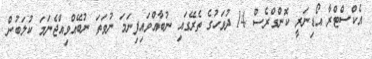
އެކްސްޓްރާ އޯޑިނަރީ ކޮންގްރެސް 14 ދުވަހުގެ ތެރޭގައި ނުބާއްވައިފިނަމަ ނުވަތަ ނުބޭއްވިއްޖެނަމަ ކުލަބުން